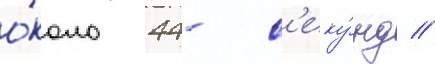
о́коло 44- с'еку́нд //